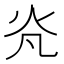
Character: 𭴄